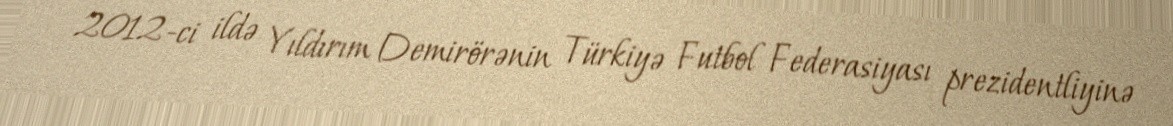
2012-ci ildə Yıldırım Demirörənin Türkiyə Futbol Federasiyası prezidentliyinə